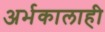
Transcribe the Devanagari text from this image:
अर्भकालाही